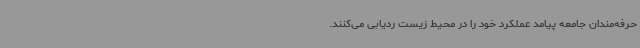
حرفه‌مندان جامعه پیامد عملکرد خود را در محیط زیست ردیابی می‌کنند.